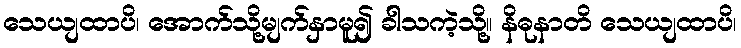
သေယျထာပိ၊ အောက်သို့မျက်နှာမူ၍ ခါသကဲ့သို့။ နိဓုနာတိ သေယျထာပိ၊